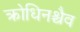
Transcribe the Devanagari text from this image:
क्रोधिनश्चैव